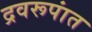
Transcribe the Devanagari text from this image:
द्रवरूपांत